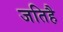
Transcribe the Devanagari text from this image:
जतिहै